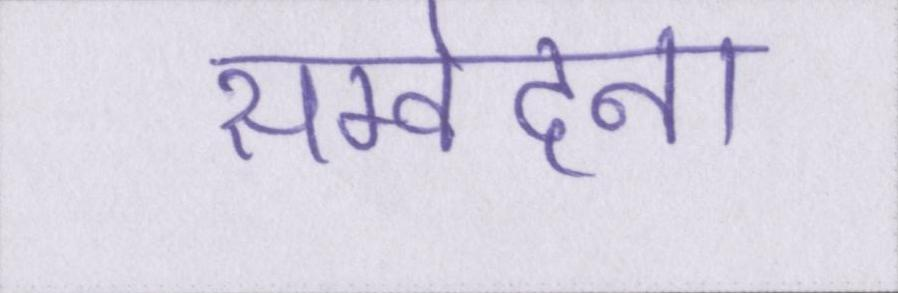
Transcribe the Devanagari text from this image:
सम्वेदना